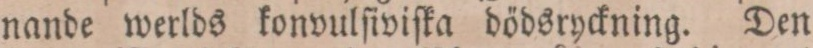
nande werlds konvulſiviſka dödsryckning. Den